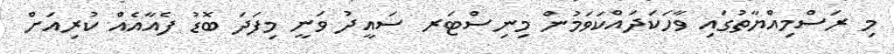
މި ރަސްމިއްޔާތުގައި ވާހަކަދައްކަވަމުން މިނިސްޓަރ ސައީދު ވަނީ މިފަދަ ބޮޑު ފެއާއެއް ކުރިއަށް